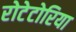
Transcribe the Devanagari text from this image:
रोटेटोरिया